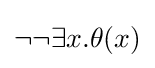
\neg \neg \exists x.\theta (x)